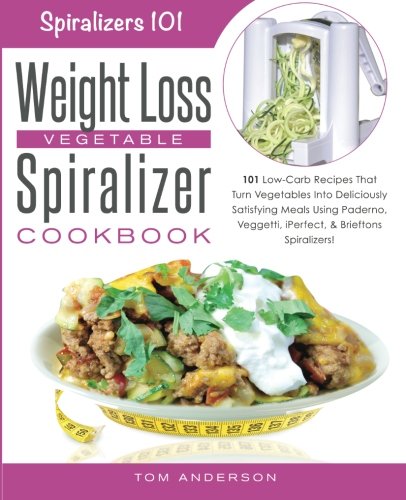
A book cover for The Weight Loss Vegetable Spiralizer Cookbook: 101 Low-Carb Recipes That Turn Vegetables Into Deliciously Satisfying Meals Using Paderno, Veggetti, ... Spiralizers! (Spiralizers 101) (Volume 2); Tom Anderson; Cookbooks, Food & Wine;